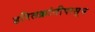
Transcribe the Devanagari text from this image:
हरितक्रांतीपासून